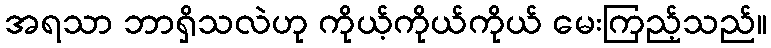
အရသာ ဘာရှိသလဲဟု ကိုယ့်ကိုယ်ကိုယ် မေးကြည့်သည်။